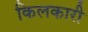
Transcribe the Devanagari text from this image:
किलकारी